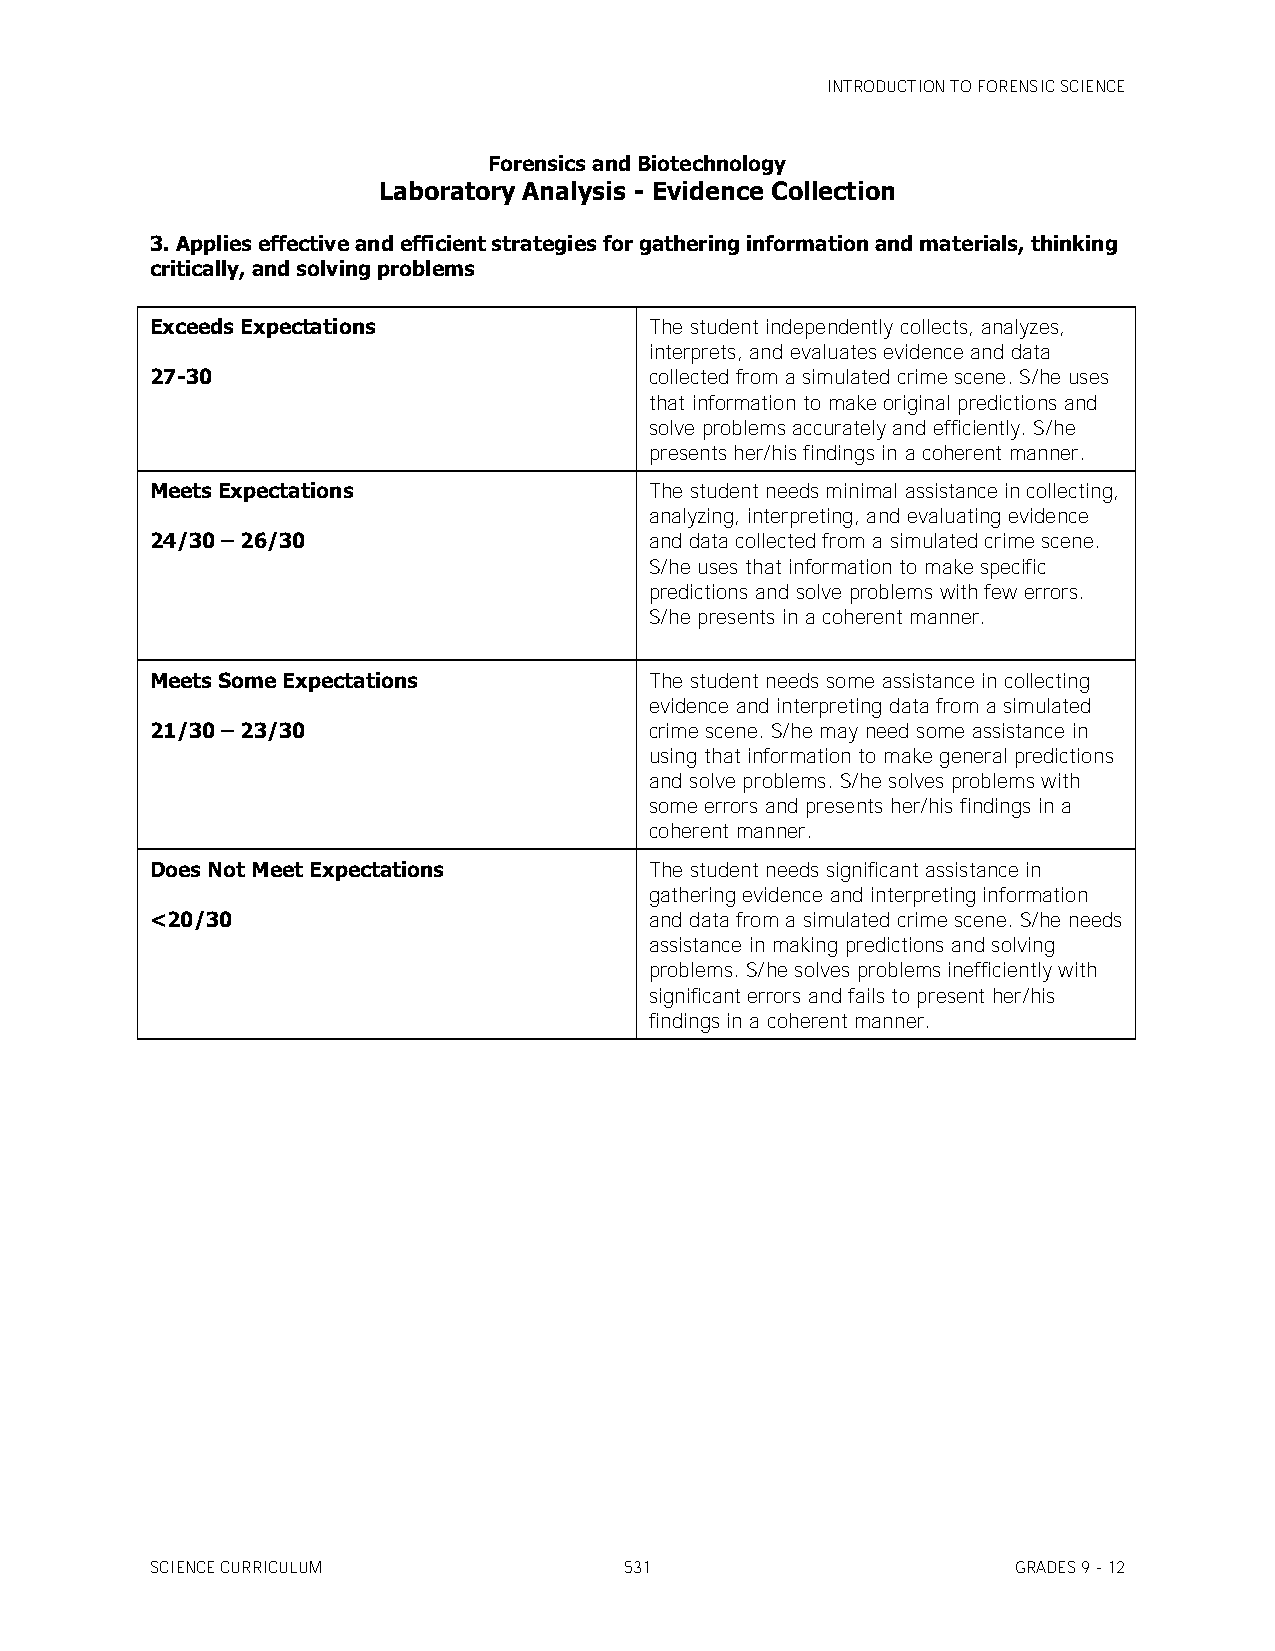
INTRODUCTION TO FORENSIC SCIENCE
 Forensics and Biotechnology
 Laboratory Analysis - Evidence Collection
 3. Applies effective and efficient strategies for gathering information and materials, thinking
 critically, and solving problems
 Exceeds Expectations             The student independently collects, analyzes,
 interprets, and evaluates evidence and data
 27-30                            collected from a simulated crime scene. S/he uses
 that information to make original predictions and
 solve problems accurately and efficiently. S/he
 presents her/his findings in a coherent manner.
 Meets Expectations               The student needs minimal assistance in collecting,
 analyzing, interpreting, and evaluating evidence
 24/30 – 26/30                    and data collected from a simulated crime scene.
 S/he uses that information to make specific
 predictions and solve problems with few errors.
 S/he presents in a coherent manner.
 Meets Some Expectations          The student needs some assistance in collecting
 evidence and interpreting data from a simulated
 21/30 – 23/30                    crime scene. S/he may need some assistance in
 using that information to make general predictions
 and solve problems. S/he solves problems with
 some errors and presents her/his findings in a
 coherent manner.
 Does Not Meet Expectations       The student needs significant assistance in
 gathering evidence and interpreting information
 <20/30                           and data from a simulated crime scene. S/he needs
 assistance in making predictions and solving
 problems. S/he solves problems inefficiently with
 significant errors and fails to present her/his
 findings in a coherent manner.
 SCIENCE CURRICULUM             531                       GRADES 9 - 12